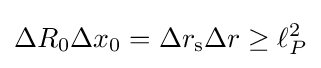
\Delta R_{0}\Delta x_{0}=\Delta r_{\text{s}}\Delta r\geq \ell _{P}^{2}